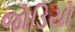
જોડિયો